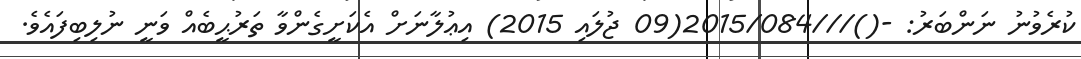
ކުރެވުނު ނަންބަރު: -()///2015/084(09 ޖުލައި 2015) އިޢުލާނަށް އެކަށީގެންވާ ތަރުޙީބެއް ވަނީ ނުލިބިފައެވެ.